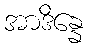
အာဒိန္နေ